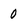
Character: O